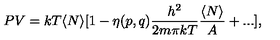
P V = k T \langle N \rangle [ 1 - \eta ( p , q ) { \frac { h ^ { 2 } } { 2 m \pi k T } } { \frac { \langle N \rangle } { A } } + . . . ] ,